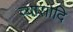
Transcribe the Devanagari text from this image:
व्यासादि